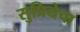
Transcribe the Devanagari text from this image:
सुप्रियेचा